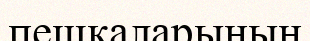
пешкаларының